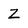
Character: Z